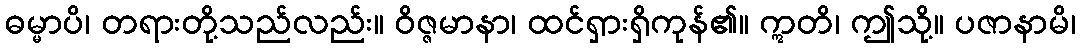
ဓမ္မာပိ၊ တရားတို့သည်လည်း။ ဝိဇ္ဇမာနာ၊ ထင်ရှားရှိကုန်၏။ ဣတိ၊ ဤသို့။ ပဇာနာမိ၊